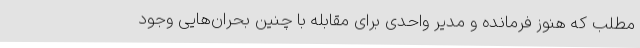
مطلب که هنوز فرمانده و مدیر واحدی برای مقابله با چنین بحران‌هایی وجود